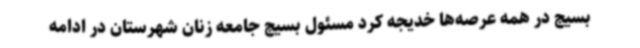
بسیج در همه عرصه‌ها خدیجه کرد مسئول بسیج جامعه زنان شهرستان در ادامه